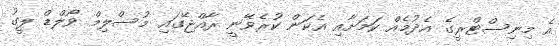
އެ މިނިސްޓްރީގެ އެދުމެއް ކަމަށާއި އެކަން ކުރެވޭނީ ރާއްޖޭގައި މުސްލިމް ވޯލްޑް ލީގު